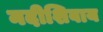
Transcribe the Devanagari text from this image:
नदीशिवाय